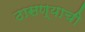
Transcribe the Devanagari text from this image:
ठासण्याची